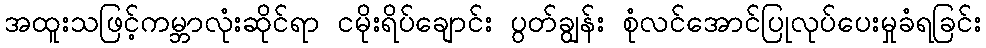
အထူးသဖြင့်ကမ္ဘာလုံးဆိုင်ရာ ငမိုးရိပ်ချောင်း ပွတ်ချွန်း စုံလင်အောင်ပြုလုပ်ပေးမှုခံရခြင်း